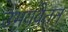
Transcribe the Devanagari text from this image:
उभयवेतन